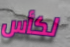
لكأس